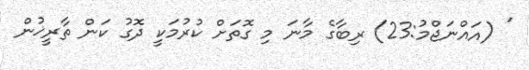
' (އައްނަޖްމު:23) ރިބާގެ މާނަ މި ގޮތަށް ކުރުމަކީ ދޮގު ކަން ތާރީޚުން